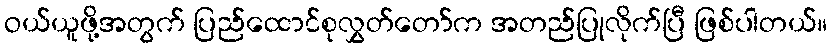
ဝယ်ယူဖို့အတွက် ပြည်ထောင်စုလွှတ်တော်က အတည်ပြုလိုက်ပြီ ဖြစ်ပါတယ်။